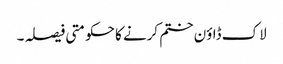
لاک ڈاؤن ختم کرنے کا حکومتی فیصلہ ۔